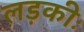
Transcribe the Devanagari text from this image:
लड़कीः